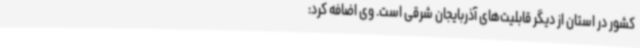
کشور در استان از دیگر قابلیت‌های آذربایجان شرقی است. وی اضافه کرد: